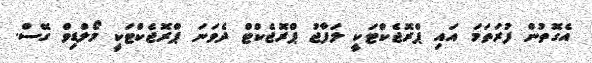
އެގޮތުން ފުރަތަމަ އައި ޕްރޮޖެކްޓަކީ ލަފާޖު ޕްރޮޖެކްޓް ދެވަނަ ޕްރޮޖެކްޓަކީ މޯލްޑިވް ގޭސް.